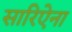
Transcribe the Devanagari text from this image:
सारिऐना